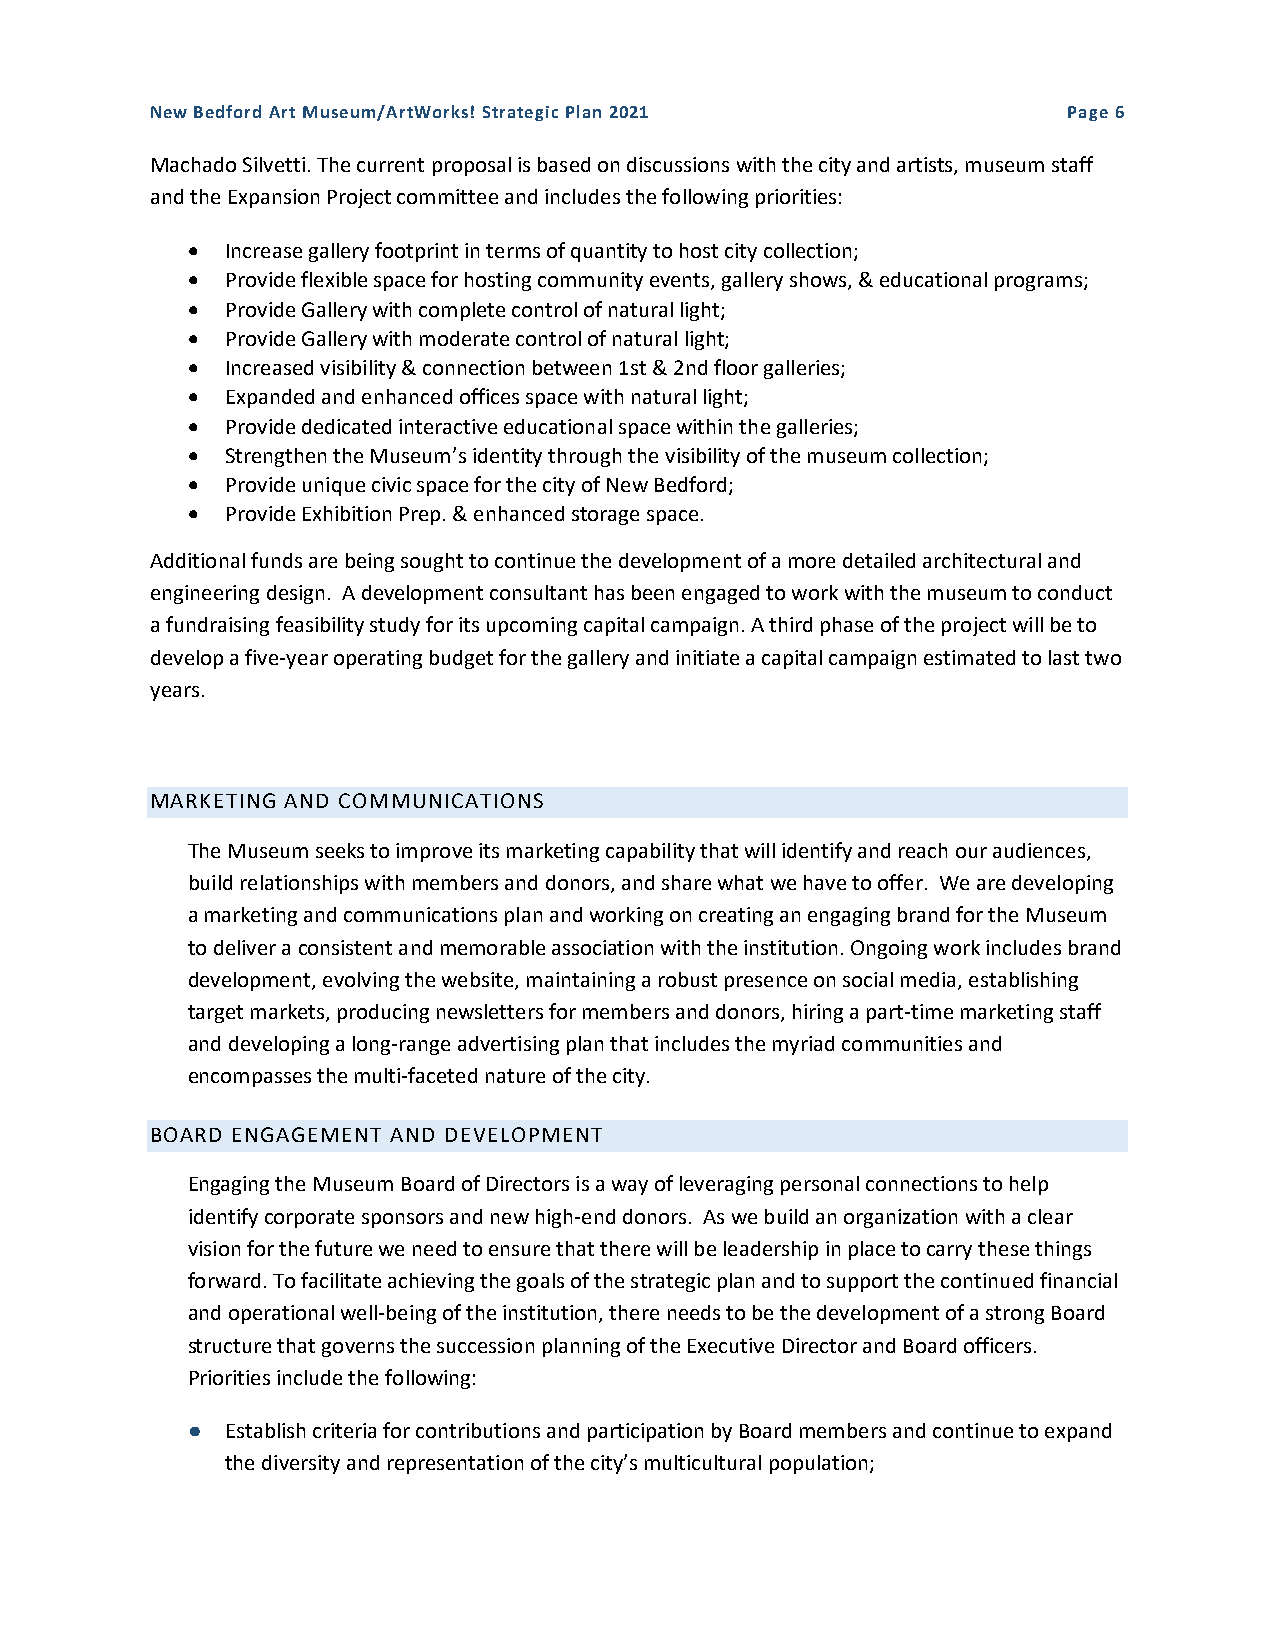
New Bedford Art Museum/ArtWorks! Strategic Plan 2021         Page 6
 Machado Silvetti. The current proposal is based on discussions with the city and artists, museum staff
 and the Expansion Project committee and includes the following priorities:
   Increase gallery footprint in terms of quantity to host city collection;
   Provide flexible space for hosting community events, gallery shows, & educational programs;
   Provide Gallery with complete control of natural light;
   Provide Gallery with moderate control of natural light;
   Increased visibility & connection between 1st & 2nd floor galleries;
   Expanded and enhanced offices space with natural light;
   Provide dedicated interactive educational space within the galleries;
   Strengthen the Museum’s identity through the visibility of the museum collection;
   Provide unique civic space for the city of New Bedford;
   Provide Exhibition Prep. & enhanced storage space.
 Additional funds are being sought to continue the development of a more detailed architectural and
 engineering design. A development consultant has been engaged to work with the museum to conduct
 a fundraising feasibility study for its upcoming capital campaign. A third phase of the project will be to
 develop a five-year operating budget for the gallery and initiate a capital campaign estimated to last two
 years.
 MARKETING AND COMMUNICATIONS
 The Museum seeks to improve its marketing capability that will identify and reach our audiences,
 build relationships with members and donors, and share what we have to offer. We are developing
 a marketing and communications plan and working on creating an engaging brand for the Museum
 to deliver a consistent and memorable association with the institution. Ongoing work includes brand
 development, evolving the website, maintaining a robust presence on social media, establishing
 target markets, producing newsletters for members and donors, hiring a part-time marketing staff
 and developing a long-range advertising plan that includes the myriad communities and
 encompasses the multi-faceted nature of the city.
 BOARD ENGAGEMENT AND DEVELOPMENT
 Engaging the Museum Board of Directors is a way of leveraging personal connections to help
 identify corporate sponsors and new high-end donors. As we build an organization with a clear
 vision for the future we need to ensure that there will be leadership in place to carry these things
 forward. To facilitate achieving the goals of the strategic plan and to support the continued financial
 and operational well-being of the institution, there needs to be the development of a strong Board
 structure that governs the succession planning of the Executive Director and Board officers.
 Priorities include the following:
 ●  Establish criteria for contributions and participation by Board members and continue to expand
 the diversity and representation of the city’s multicultural population;